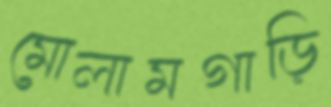
মোলামগাড়ি